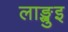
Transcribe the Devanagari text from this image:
लाङ्खुइ